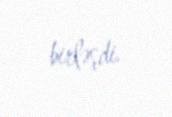
birləşdi.